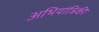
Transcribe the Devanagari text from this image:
अभियांत्रिकी